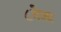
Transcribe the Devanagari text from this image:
८वेळा